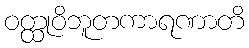
ဝတ္ထုဝိဘူတကာရဏာတိ